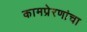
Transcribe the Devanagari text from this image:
कामप्रेरणांचा